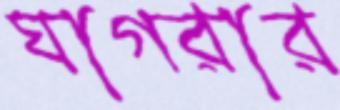
ঘাগরার